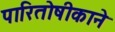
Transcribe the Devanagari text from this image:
पारितोषीकाने